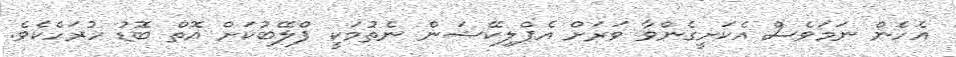
އެހެން ނަމަވެސް އެކަށީގެންވާ ވަރަށް އެޕްލިކޭޝަން ނެތުމަކީ ޕްލޭބުކަށް އޮތް ބޮޑު ހުރަހެކެވެ.